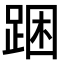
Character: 𨁉